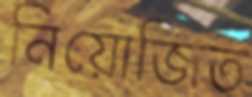
নিয়োজিত